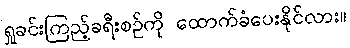
ရှုခင်းကြည့်ခရီးစဉ်ကို ထောက်ခံပေးနိုင်လား။